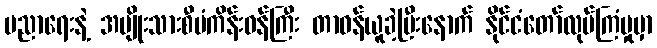
ပညာရေးနဲ့ အမျိုးသားစီမံကိန်းဝန်ကြီး တာဝန်ယူခဲ့ပြီးနောက် နိုင်ငံတော်လုပ်ကြံမှုမှာ